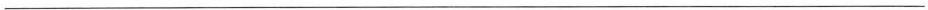
___